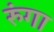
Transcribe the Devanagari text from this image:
रुंगा